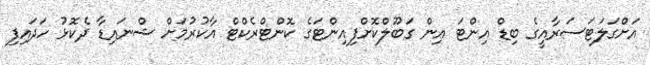
އަށްގަލަޓަސަރާއީގެ ބިޑް އިންޓަ އިން ގަބޫލްކޮށްފިއިންޓަގެ ކޮންޓްރެކްޓް އާކުރުމަށް ޝްނައިޑާ ދެކޮޅު ހަދައިފި